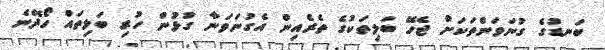
ބަނޑުގެ ގުނަވަންތަކަށް ޖެހޭ ބަލިތަކުގެ ތެރެއިން އެގުނަވަނާ ގުޅުން ހުރި ބަލިތައް ހޯދޭނެ